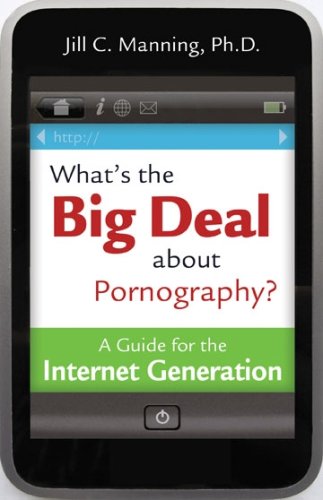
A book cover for What's the Big Deal About Pornography? A Guide for the Internet Generation; Jill C. Manning; Teen & Young Adult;